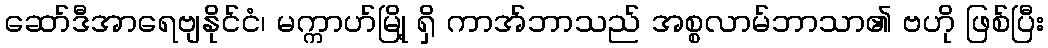
ဆော်ဒီအာရေဗျနိုင်ငံ၊ မက္ကာဟ်မြို့ ရှိ ကာအ်ဘာသည် အစ္စလာမ်ဘာသာ၏ ဗဟို ဖြစ်ပြီး